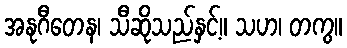
အနုဂီတေန၊ သီဆိုသည်နှင့်။ သဟ၊ တကွ။